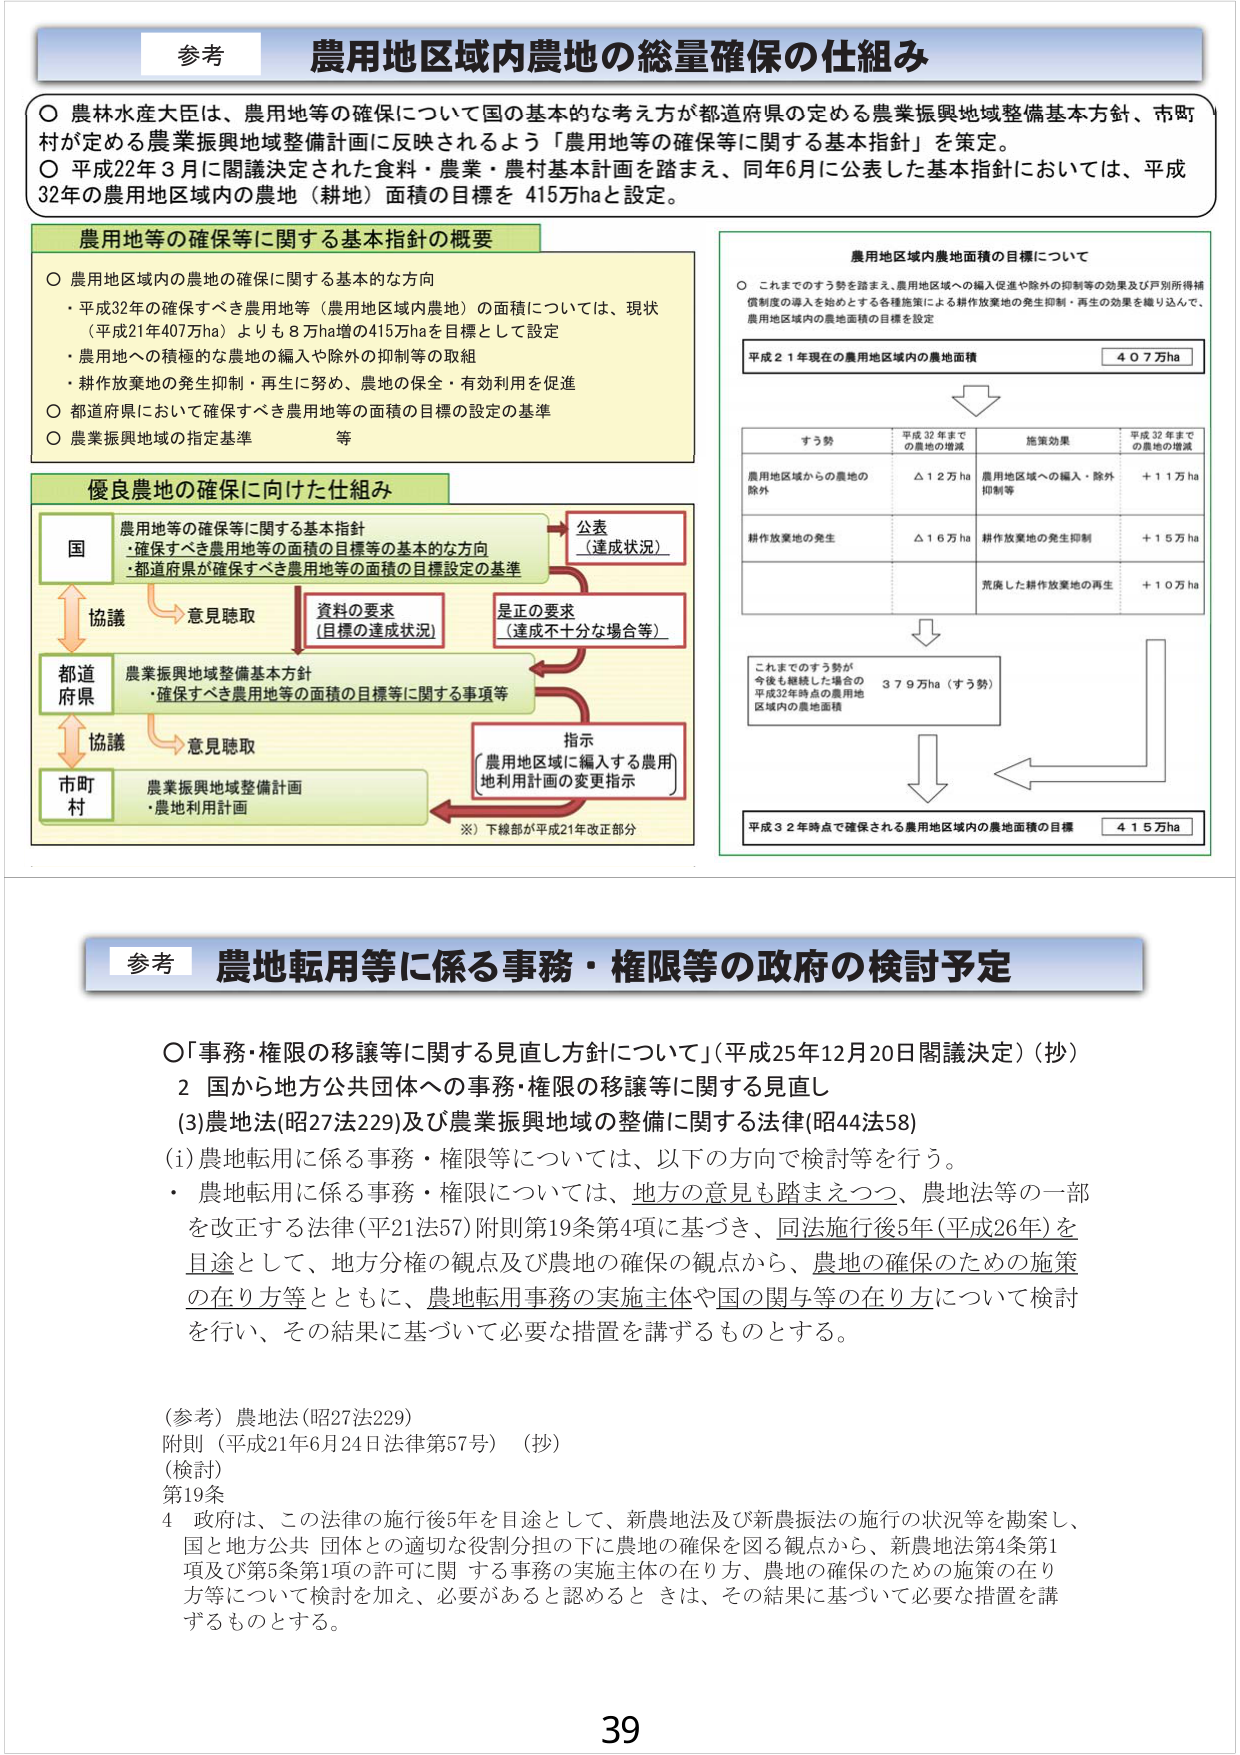
参考
農用地区域内農地の総量確保の仕組み

○ 農林水産大臣は、農用地等の確保について国の基本的な考え方が都道府県の定める農業振興地域整備基本方針、市町村が定める農業振興地域整備計画に反映されるよう「農用地等の確保等に関する基本指針」を策定。
○ 平成22年3月に閣議決定された食料・農業・農村基本計画を踏まえ、同年6月に公表した基本指針においては、平成32年の農用地区域内の農地（耕地）面積の目標を415万haと設定。

農用地等の確保等に関する基本指針の概要

○ 農用地区域内の農地の確保に関する基本的な方向
・平成32年の確保すべき農用地等（農用地区域内農地）の面積については、現状（平成21年407万ha）よりも8万ha増の415万haを目標として設定
・農用地への積極的な農地の編入や除外の抑制等の取組
・耕作放棄地の発生抑制・再生に努め、農地の保全・有効利用を促進
○ 都道府県において確保すべき農用地等の面積の目標の設定の基準
○ 農業振興地域の指定基準　等

優良農地の確保に向けた仕組み

国
農用地等の確保等に関する基本指針
・確保すべき農用地等の面積の目標等の基本的な方向
・都道府県が確保すべき農用地等の面積の目標設定の基準

→ 公表（達成状況）

→ 資料の要求（目標の達成状況）
→ 是正の要求（達成不十分な場合等）

都道府県
農業振興地域整備基本方針
・確保すべき農用地等の面積の目標等に関する事項等

→ 協議 → 意見聴取

市町村
農業振興地域整備計画
・農地利用計画

→ 指示（農用地区域に編入する農用地利用計画の変更指示）

※）下線部が平成21年改正部分

農用地区域内農地面積の目標について

○ これまでのすう勢を踏まえ、農用地区域への編入促進や除外の抑制等の効果及び戸別所得補償制度の導入を始めとする各施策による耕作放棄地の発生抑制・再生の効果を織り込んで、農用地区域内の農地面積の目標を設定

平成21年現在の農用地区域内の農地面積　407万ha

↓

すう勢　　　　　平成32年までの農地の増減　　　施策効果　　　　　平成32年までの農地の増減
農用地区域からの農地の除外　　　　△12万ha　　　農用地区域への編入・除外抑制等　　　＋11万ha
耕作放棄地の発生　　　　　　　　△16万ha　　　耕作放棄地の発生抑制　　　　　　　＋15万ha
　　　　　　　　　　　　　　　　　　　　　　　荒廃した耕作放棄地の再生　　　　　＋10万ha

↓

これまでのすう勢が今後も継続した場合の平成32年時点の農用地区域内の農地面積　379万ha（すう勢）

↓

平成32年時点で確保される農用地区域内の農地面積の目標　415万ha

参考
農地転用等に係る事務・権限等の政府の検討予定

○「事務・権限の移譲等に関する見直し方針について」（平成25年12月20日閣議決定）（抄）
2 国から地方公共団体への事務・権限の移譲等に関する見直し
(3)農地法(昭27法229)及び農業振興地域の整備に関する法律(昭44法58)
(i) 農地転用に係る事務・権限等については、以下の方向で検討等を行う。
・ 農地転用に係る事務・権限については、地方の意見も踏まえつつ、農地法等の一部を改正する法律(平21法57)附則第19条第4項に基づき、同法施行後5年(平成26年)を目途として、地方分権の観点及び農地の確保の観点から、農地の確保のための施策の在り方等とともに、農地転用事務の実施主体や国の関与等の在り方について検討を行い、その結果に基づいて必要な措置を講ずるものとする。

（参考）農地法(昭27法229)
附則（平成21年6月24日法律第57号）（抄）
（検討）
第19条
4 政府は、この法律の施行後5年を目途として、新農地法及び新農振法の施行の状況等を勘案し、国と地方公共団体との適切な役割分担の下に農地の確保を図る観点から、新農地法第4条第1項及び第5条第1項の許可に関する事務の実施主体の在り方、農地の確保のための施策の在り方等について検討を加え、必要があると認めるときは、その結果に基づいて必要な措置を講ずるものとする。

39